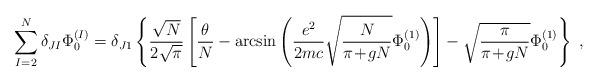
LaTeX: \begin{align*}\sum_{I=2}^N \delta_{JI} \Phi^{(I)}_0 =\delta_{J1} \left\{\frac{\sqrt{N}}{2\sqrt{\pi}}\left[\frac{\theta}{N} - \arcsin\left(\frac{e^2}{2mc} \sqrt{\frac{N}{\pi\!+\!gN}}\Phi^{(1)}_0 \right) \right] - \sqrt{\frac{\pi}{\pi\!+\!gN}} \Phi^{(1)}_0\right\} \; ,\end{align*}